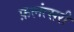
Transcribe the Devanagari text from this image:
फ़लंत्सरी